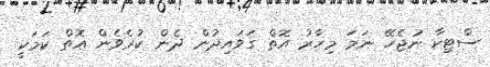
ސްޓިކާ ނުޖެހޭ ނަމަ މިހާރު އޮތް ގަވައިދުން ދެން ކުރެވެން އޮތް ކަމަކީ